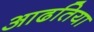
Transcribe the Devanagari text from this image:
आढतिया